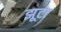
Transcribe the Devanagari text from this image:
झूटा